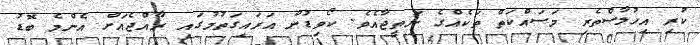
ކުރި އިހުލާސްތެރި މަސައްކަތް ތަކެއްގެ ނަތީޖާއެވެ. ކޯވިޑުން އަރައިގަތުމުގައި ރާއްޖެއަށް އެންމެ ބޮޑު